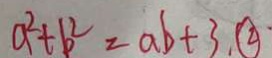
a ^ { 2 } + b ^ { 2 } = a b + 3 . \textcircled { 2 }